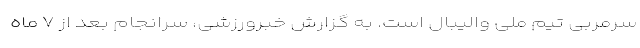
سرمربی تیم ملی والیبال است. به گزارش خبرورزشی، سرانجام بعد از ۷ ماه